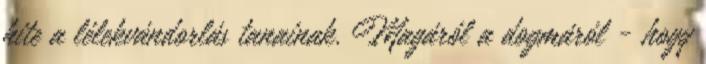
hite a lélekvándorlás tanainak. Magáról a dogmáról - hogy